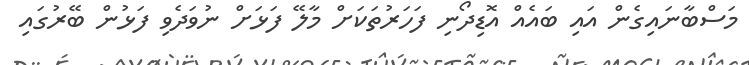
މަސްބާނައިގެން އައި ބައެއް އޮޑިދޯނި ފަހަރުތަކަށް މާލޭ ފަޅަށް ނުވަދެވި ފަޅުން ބޭރުގައި